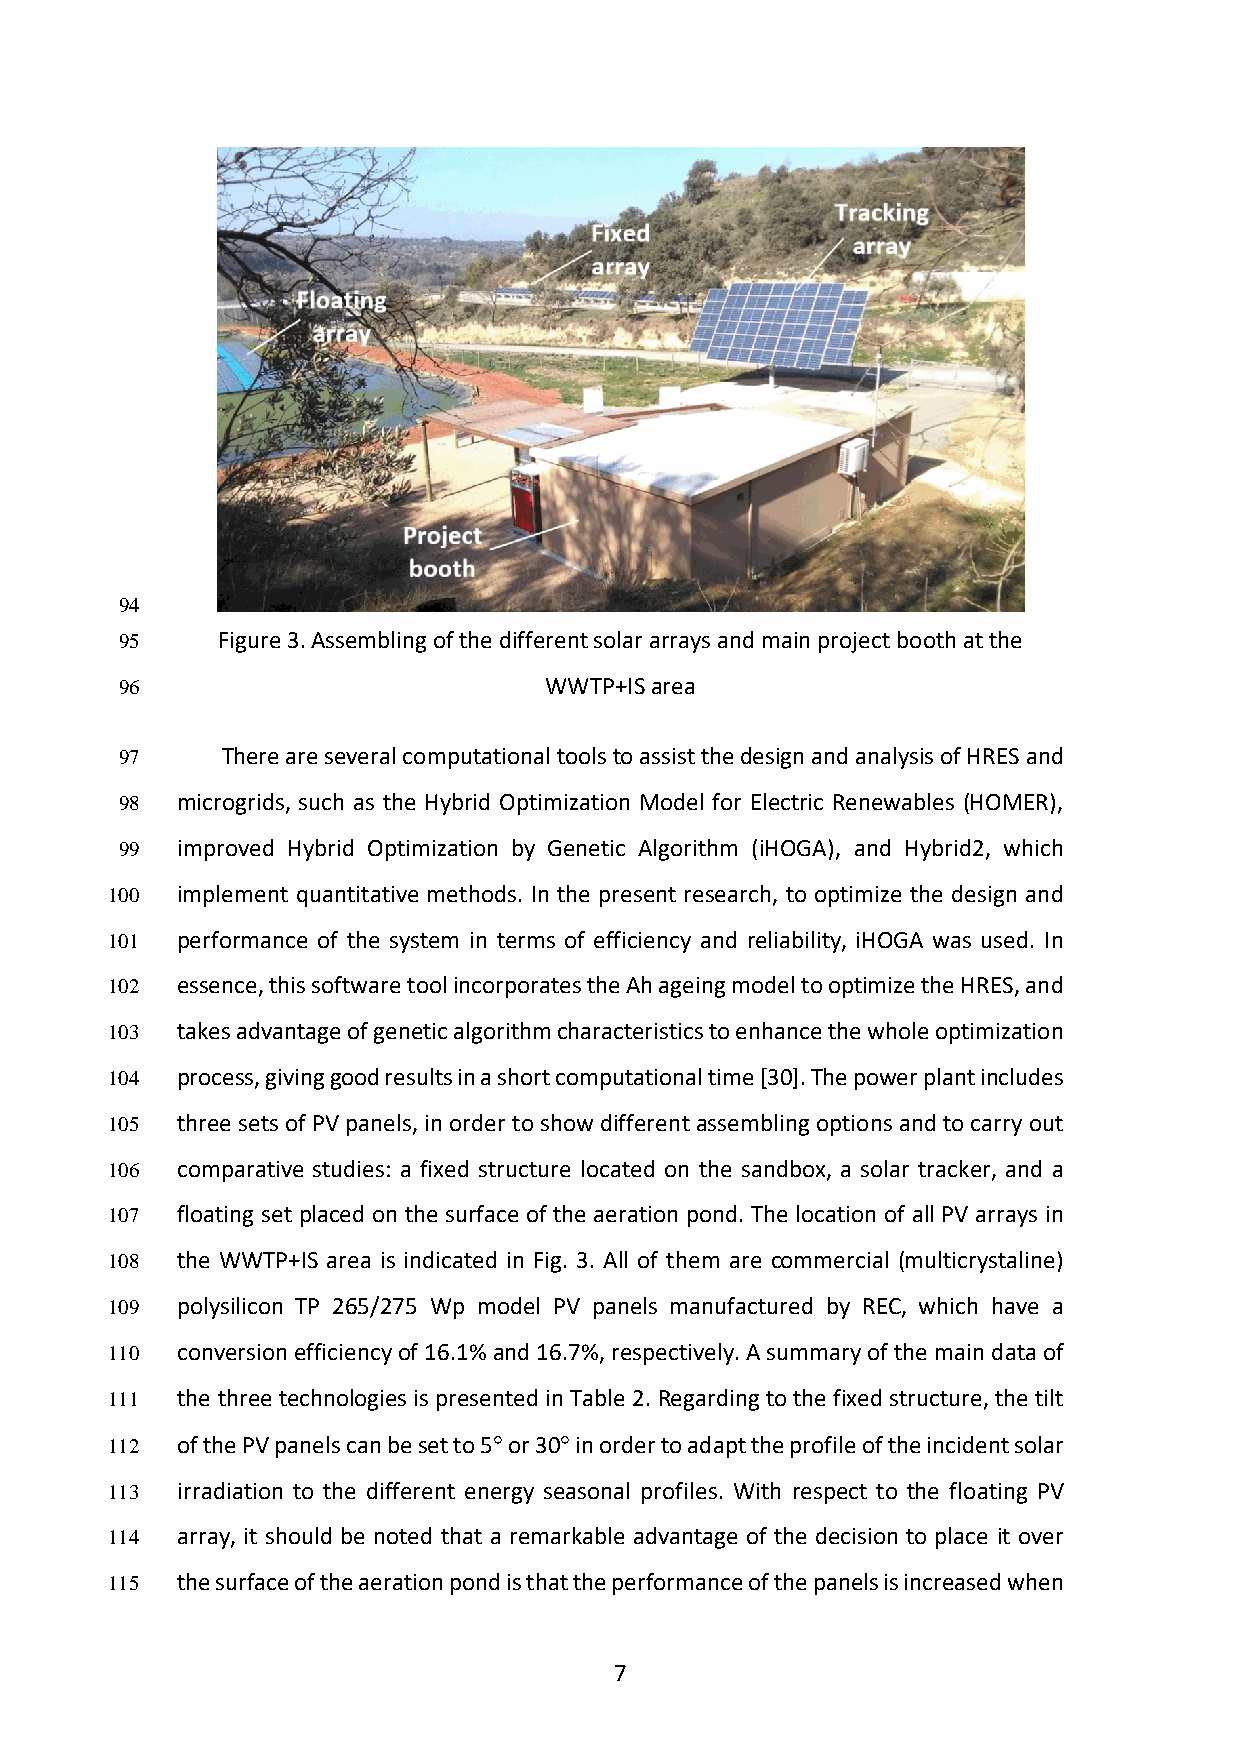
94
 95    Figure 3. Assembling of the different solar arrays and main project booth at the
 96                          WWTP+IS area
 97     There are several computational tools to assist the design and analysis of HRES and
 98  microgrids, such as the Hybrid Optimization Model for Electric Renewables (HOMER),
 99  improved Hybrid Optimization by Genetic Algorithm (iHOGA), and Hybrid2, which
 100  implement quantitative methods. In the present research, to optimize the design and
 101  performance of the system in terms of efficiency and reliability, iHOGA was used. In
 102  essence, this software tool incorporates the Ah ageing model to optimize the HRES, and
 103  takes advantage of genetic algorithm characteristics to enhance the whole optimization
 104  process, giving good results in a short computational time [30]. The power plant includes
 105  three sets of PV panels, in order to show different assembling options and to carry out
 106  comparative studies: a fixed structure located on the sandbox, a solar tracker, and a
 107  floating set placed on the surface of the aeration pond. The location of all PV arrays in
 108  the WWTP+IS area is indicated in Fig. 3. All of them are commercial (multicrystaline)
 109  polysilicon TP 265/275 Wp model PV panels manufactured by REC, which have a
 110  conversion efficiency of 16.1% and 16.7%, respectively. A summary of the main data of
 111  the three technologies is presented in Table 2. Regarding to the fixed structure, the tilt
 112  of the PV panels can be set to 5° or 30° in order to adapt the profile of the incident solar
 113  irradiation to the different energy seasonal profiles. With respect to the floating PV
 114  array, it should be noted that a remarkable advantage of the decision to place it over
 115  the surface of the aeration pond is that the performance of the panels is increased when
 7